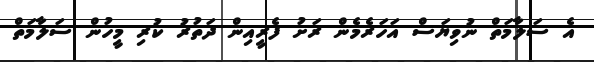
އެ ސަލާމަތް ނުވިޔަސް އަހަރެމެން ރަށު ފެރީއިން ދަތުރު ކުރި މީހުން ސަލާމަތް